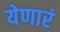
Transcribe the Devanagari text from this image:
येणारं